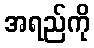
အရည်ကို